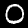
Label: 0